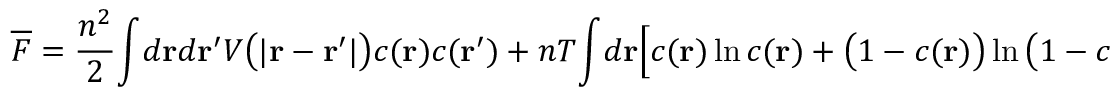
\begin{array} { l } { \displaystyle { \overline { { F } } = \frac { n ^ { 2 } } { 2 } \! \int \! d { \bf r } d { \bf r } ^ { \prime } V \big ( | { \bf r } - { \bf r } ^ { \prime } | \big ) c ( { \bf r } ) c ( { \bf r } ^ { \prime } ) + n T \! \int \! d { \bf r } \Big [ c ( { \bf r } ) \ln c ( { \bf r } ) + \big ( 1 - c ( { \bf r } ) \big ) \ln \big ( 1 - c ( { \bf r } ) \big ) \Big ] , } } \end{array}